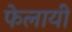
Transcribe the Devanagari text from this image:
फेलायी